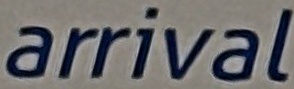
arrival